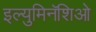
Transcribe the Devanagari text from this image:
इल्युमिनॅशिओ